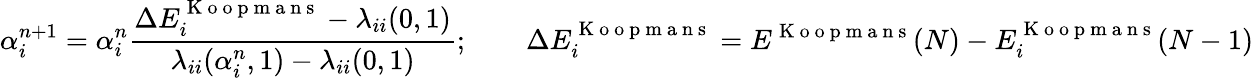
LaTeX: \alpha_{i}^{n+1}=\alpha_{i}^{n}\frac{\Delta E_{i}^{\mathrm{~K~o~o~p~m~a~n~s~}}-\lambda_{ii}(0,1)}{\lambda_{ii}(\alpha_{i}^{n},1)-\lambda_{ii}(0,1)};\qquad\Delta E_{i}^{\mathrm{~K~o~o~p~m~a~n~s~}}=E^{\mathrm{~K~o~o~p~m~a~n~s~}}(N)-E_{i}^{\mathrm{~K~o~o~p~m~a~n~s~}}(N-1)